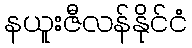
နယူးဇီလန်နိုင်ငံ